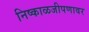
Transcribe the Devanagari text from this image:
निष्काळजीपणावर